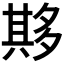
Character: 𫯔